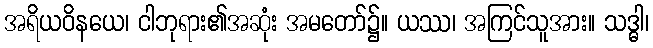
အရိယဝိနယေ၊ ငါဘုရား၏အဆုံး အမတော်၌။ ယဿ၊ အကြင်သူအား။ သဒ္ဓါ၊